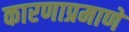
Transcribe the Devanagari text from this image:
कारणाप्रमाणे